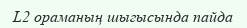
L2 ораманың шыгысында пайда